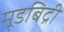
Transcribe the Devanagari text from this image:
मूडबिद्री